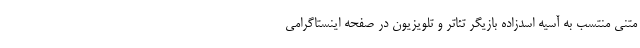
متنی منتسب به آسیه اسدزاده بازیگر تئاتر و تلویزیون در صفحه اینستاگرامی